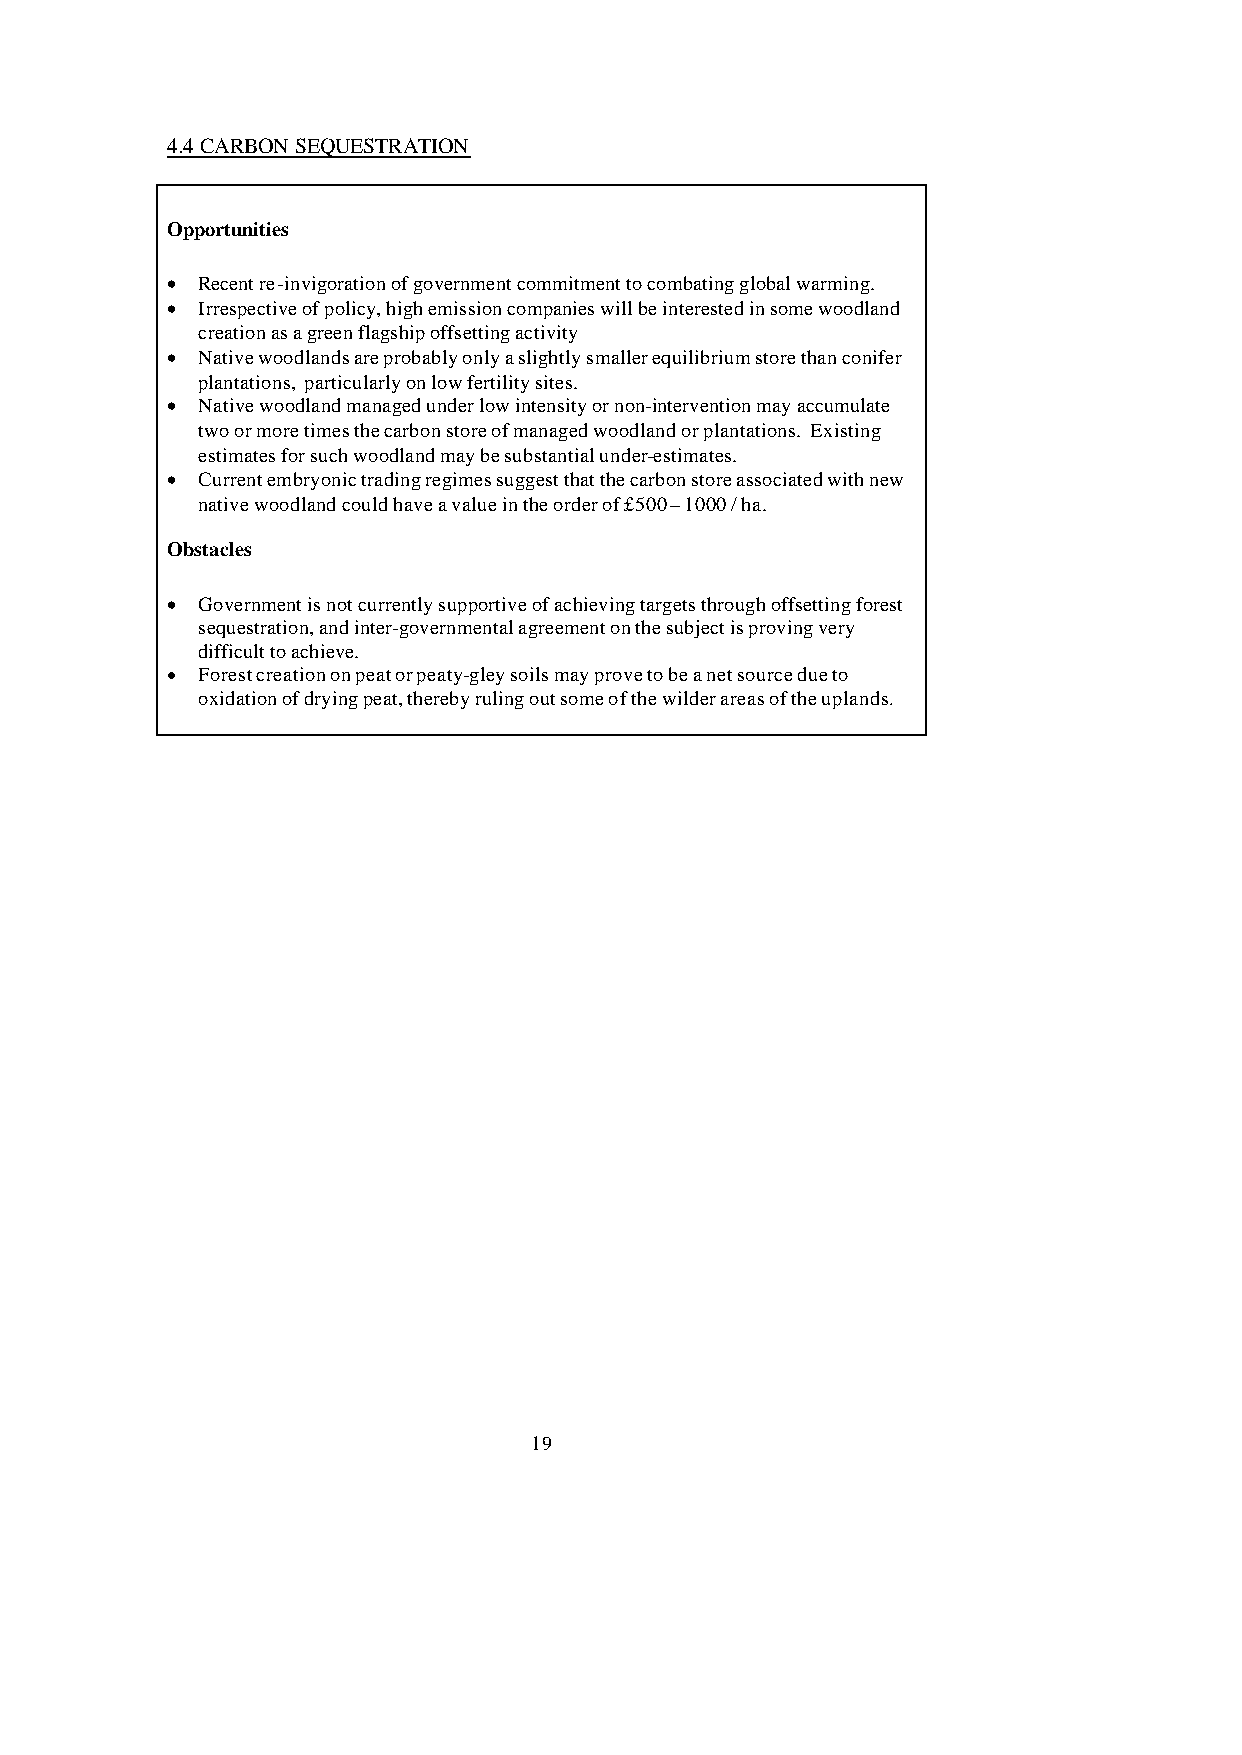
4.4 CARBON SEQUESTRATION
 Opportunities
 • Recent re-invigoration of government commitment to combating global warming.
 • Irrespective of policy, high emission companies will be interested in some woodland
 creation as a green flagship offsetting activity
 • Native woodlands are probably only a slightly smaller equilibrium store than conifer
 plantations, particularly on low fertility sites.
 • Native woodland managed under low intensity or non-intervention may accumulate
 two or more times the carbon store of managed woodland or plantations. Existing
 estimates for such woodland may be substantial under-estimates.
 • Current embryonic trading regimes suggest that the carbon store associated with new
 native woodland could have a value in the order of £500 – 1000 / ha.
 Obstacles
 • Government is not currently supportive of achieving targets through offsetting forest
 sequestration, and inter-governmental agreement on the subject is proving very
 difficult to achieve.
 • Forest creation on peat or peaty-gley soils may prove to be a net source due to
 oxidation of drying peat, thereby ruling out some of the wilder areas of the uplands.
 19